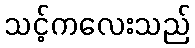
သင့်ကလေးသည်